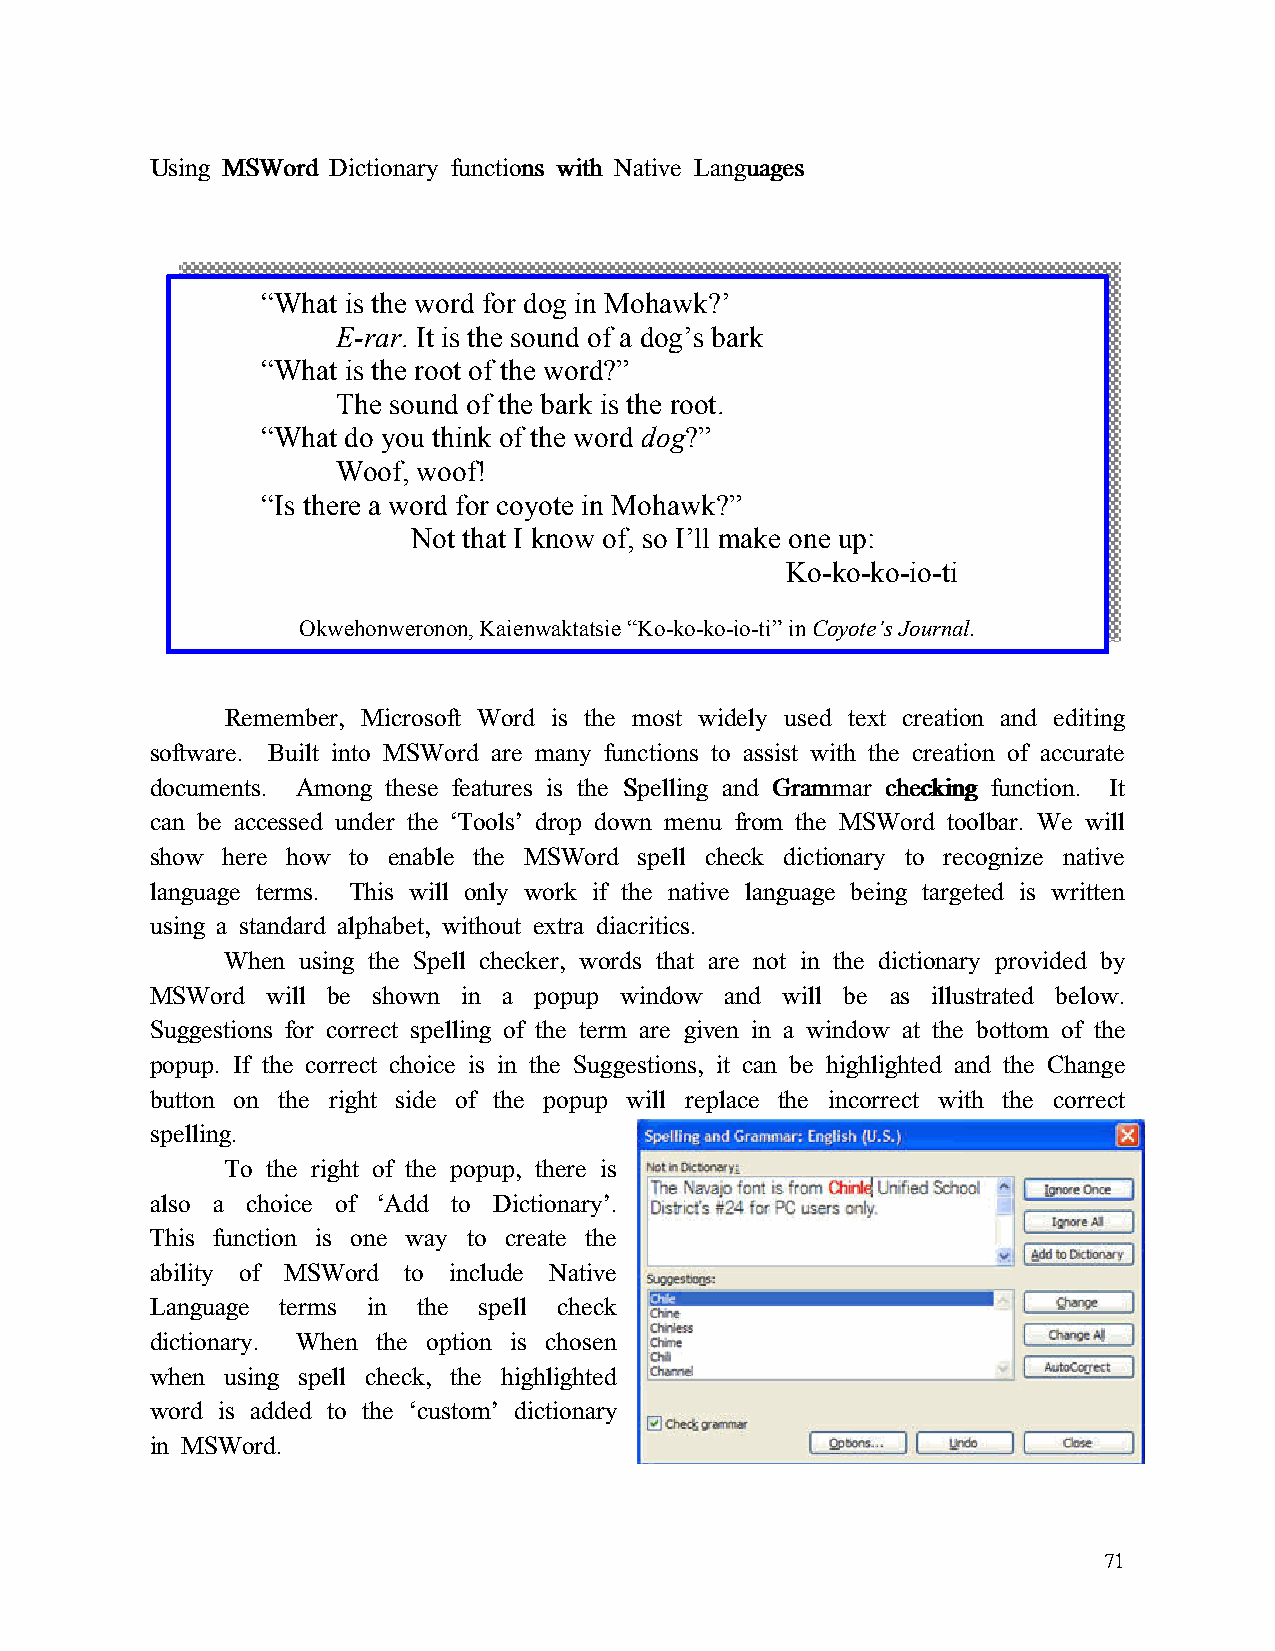
UUUUssssiiiinnnngggg MMMMSSSSWWWWoooorrrrdddd DDDDiiiiccccttttiiiioooonnnnaaaarrrryyyy ffffuuuunnnnccccttttiiiioooonnnnssss wwwwiiiitttthhhh NNNNaaaattttiiiivvvveeee LLLLaaaannnngggguuuuaaaaggggeeeessss
 “What is the word for dog in Mohawk?’
 E-rar. It is the sound of a dog’s bark
 “What is the root of the word?”
 The sound of the bark is the root.
 “What do you think of the word dog?”
 Woof, woof!
 “Is there a word for coyote in Mohawk?”
 Not that I know of, so I’ll make one up:
 Ko-ko-ko-io-ti
 Okwehonweronon, Kaienwaktatsie “Ko-ko-ko-io-ti” in Coyote’s Journal.
 Remember, Microsoft Word is the most widely used text creation and editing
 software. Built into MSWord are many functions to assist with the creation of accurate
 documents. Among these features is the SSSSppppeeeelllllllliiiinnnngggg aaaannnndddd GGGGrrrraaaammmmmmmmaaaarrrr cccchhhheeeecccckkkkiiiinnnngggg function. It
 can be accessed under the ‘Tools’ drop down menu from the MSWord toolbar. We will
 show here how to enable the MSWord spell check dictionary to recognize native
 language terms. This will only work if the native language being targeted is written
 using a standard alphabet, without extra diacritics.
 When using the Spell checker, words that are not in the dictionary provided by
 MSWord  will be shown in a popup window and will be as illustrated below.
 Suggestions for correct spelling of the term are given in a window at the bottom of the
 popup. If the correct choice is in the Suggestions, it can be highlighted and the Change
 button on the right side of the popup will replace the incorrect with the correct
 spelling.
 To the right of the popup, there is
 also a choice of ‘Add to Dictionary’.
 This function is one way to create the
 ability of MSWord to include Native
 Language terms in the spell check
 dictionary. When the option is chosen
 when using spell check, the highlighted
 word is added to the ‘custom’ dictionary
 in MSWord.
 71